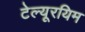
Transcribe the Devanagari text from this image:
टेल्यूरयिम